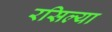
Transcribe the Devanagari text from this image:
रसिल्या